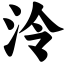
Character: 泠